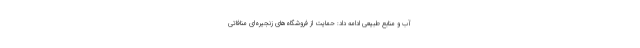
آب و منابع طبیعی ادامه داد: حمایت از فروشگاه‌های زنجیره‌ای منافاتی